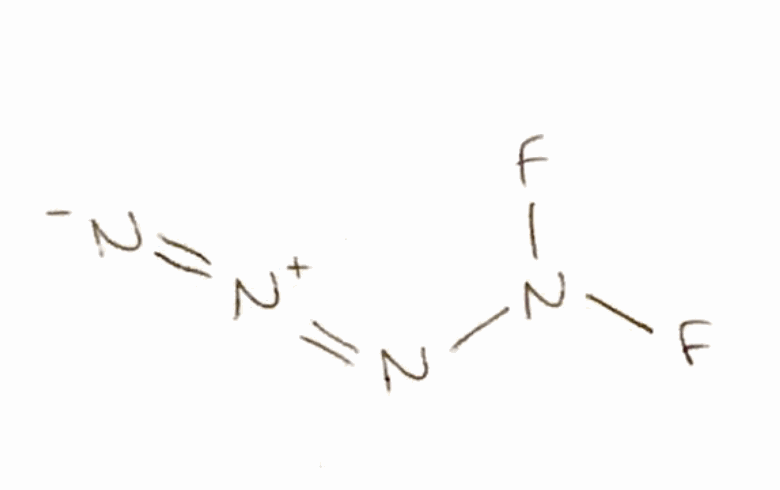
Simplified molecular-input line-entry system (SMILES) notation of the given molecule:
[N-]=[N+]=NN(F)F